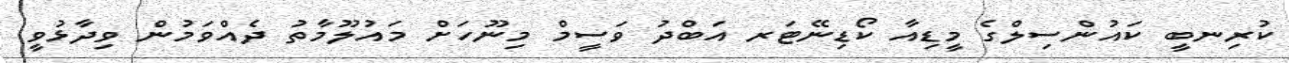
ކުރިނބީ ކައުންސިލްގެ މީޑިއާ ކޯޑިނޭޓަރ އަބްދު ވަސީމް މިނޫހަށް މައުލޫމާތު ދެއްވަމުން ވިދާޅުވީ